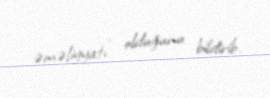
əməliyyatı” olduğunu bildirib.